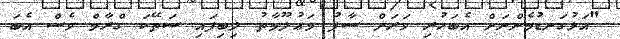
"އަޅުގަނޑުމެންނަށް އެބަހުރި ވަރަށް ސާފު މަޢުލޫމާތު ލިބިފައި ސަތޭކަ ގްރާމް ވެސް އެބަ